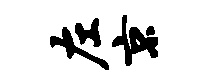
左京